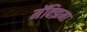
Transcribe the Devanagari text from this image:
मॅक्झिमा